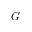
G